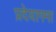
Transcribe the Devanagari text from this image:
प्रदेयागमा